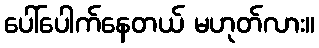
ပေါ်ပေါက်နေတယ် မဟုတ်လား။